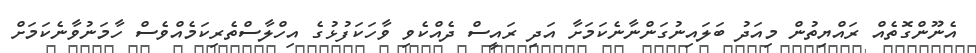
އެނޫންގޮތެއް ރައްޔިތުން މިއަދު ބަލައިނުގަންނާނެކަމަށާ އަދި ރައީސް ދެއްކެވި ވާހަކަފުޅުގެ އިހްލާސްތެރިކަމެއްވެސް ހާމަނުވާނެކަމަށް